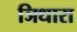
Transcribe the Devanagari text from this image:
ञिधारा